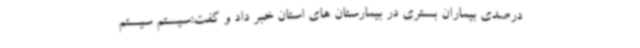
درصدی بیماران بستری در بیمارستان های استان خبر داد و گفت:سیستم سیستم